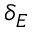
\delta _ { E }